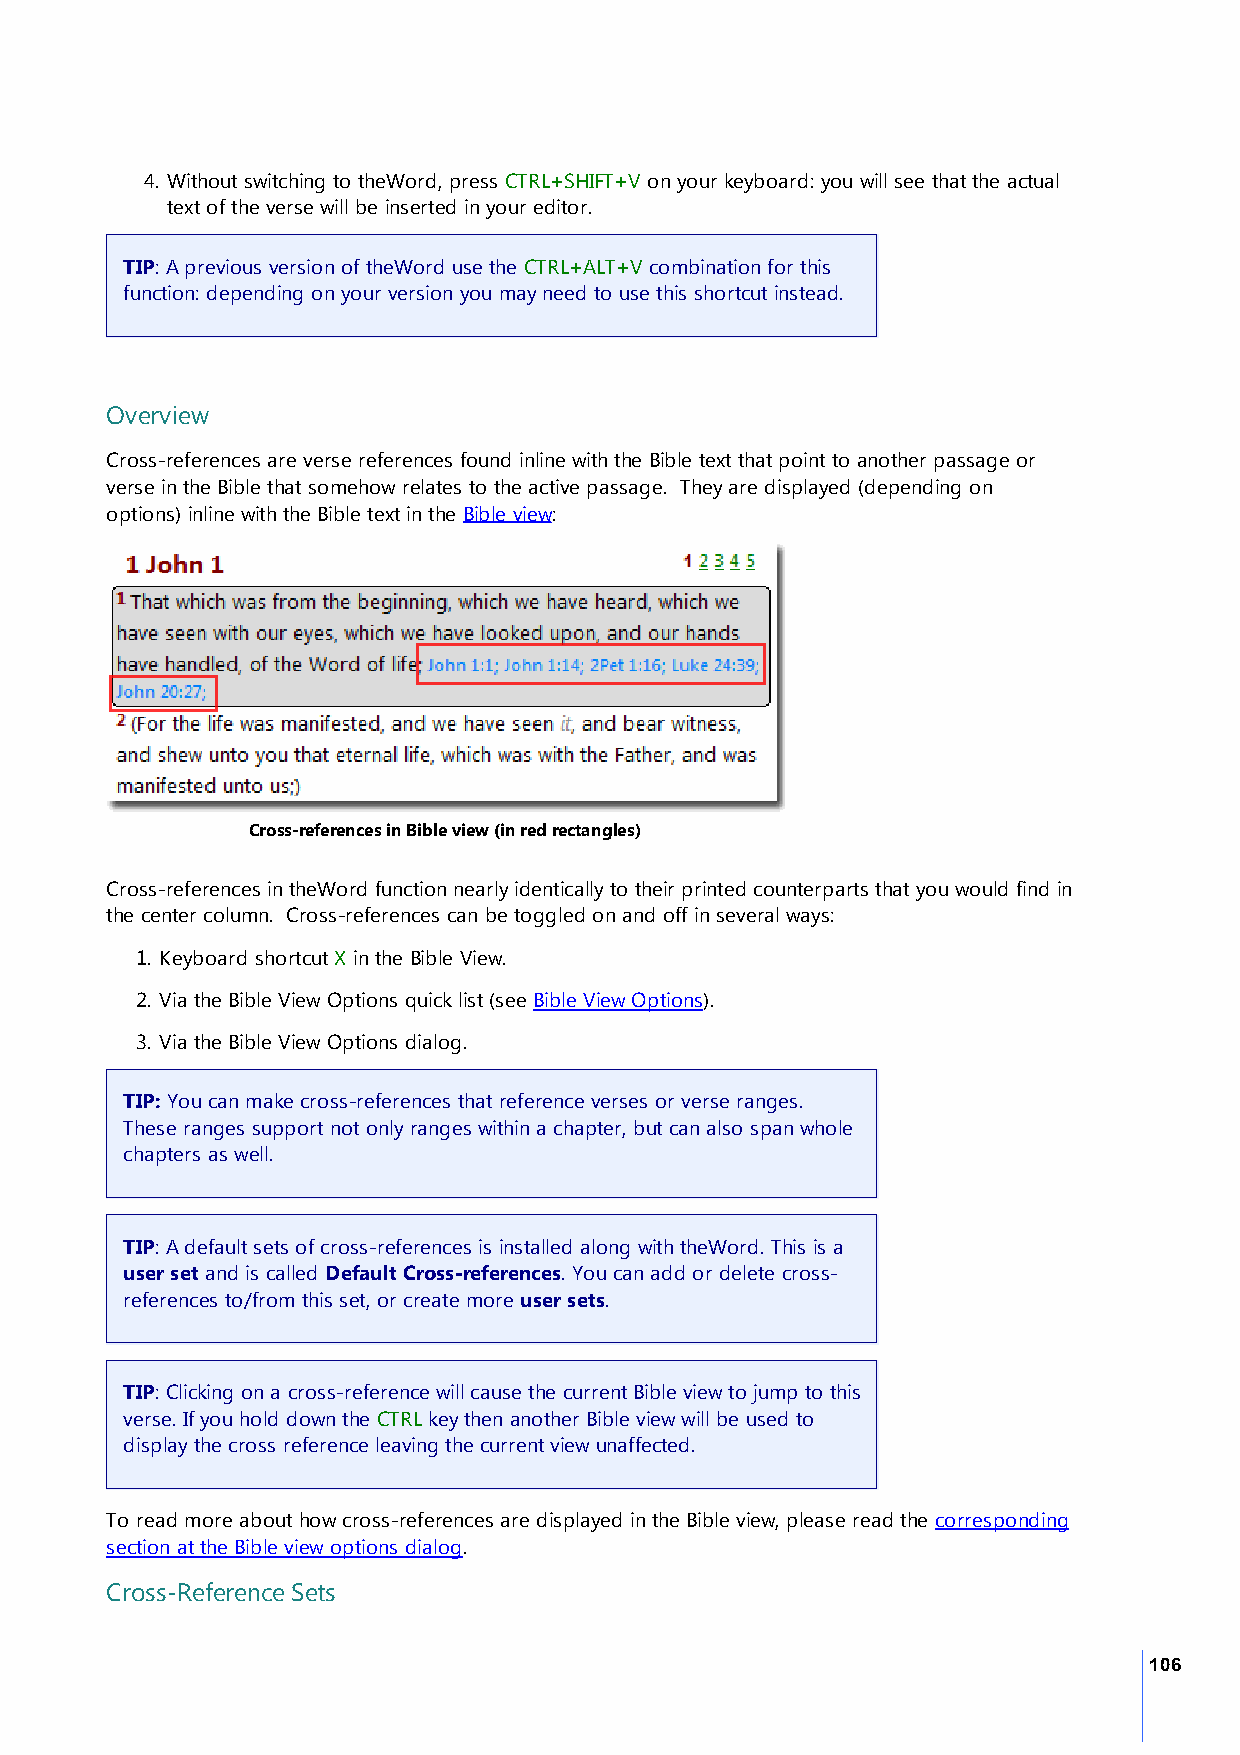
4. Without switching to theWord, press CTRL+SHIFT+V on your keyboard: you will see that the actual
 text of the verse will be inserted in your editor.
 TIP: A previous version of theWord use the CTRL+ALT+V combination for this
 function: depending on your version you may need to use this shortcut instead.
 Overview
 Cross-references are verse references found inline with the Bible text that point to another passage or
 verse in the Bible that somehow relates to the active passage. They are displayed (depending on
 options) inline with the Bible text in the Bible view:
 Cross-references in Bible view (in red rectangles)
 Cross-references in theWord function nearly identically to their printed counterparts that you would find in
 the center column. Cross-references can be toggled on and off in several ways:
 1. Keyboard shortcut X in the Bible View.
 2. Via the Bible View Options quick list (see Bible View Options).
 3. Via the Bible View Options dialog.
 TIP: You can make cross-references that reference verses or verse ranges.
 These ranges support not only ranges within a chapter, but can also span whole
 chapters as well.
 TIP: A default sets of cross-references is installed along with theWord. This is a
 user set and is called Default Cross-references. You can add or delete cross-
 references to/from this set, or create more user sets.
 TIP: Clicking on a cross-reference will cause the current Bible view to jump to this
 verse. If you hold down the CTRL key then another Bible view will be used to
 display the cross reference leaving the current view unaffected.
 To read more about how cross-references are displayed in the Bible view, please read the corresponding
 section at the Bible view options dialog.
 Cross-Reference Sets
 106